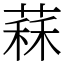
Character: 䔉